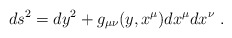
\begin{align*}ds^2 = dy^2 + g_{\mu\nu} (y,x^{\mu} ) dx^{\mu} dx^{\nu} \ .\end{align*}